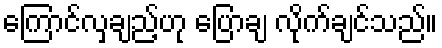
ကြောင်လှချည့်ဟု ပြောချ လိုက်ချင်သည်။